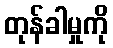
တုန်ခါမှုကို